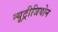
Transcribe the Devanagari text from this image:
न्यूट्रीजियोन